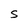
Character: S